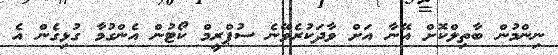
ނިންމުން ބާތިލްކޮށް އޭނާ އަށް ވާދަކުރެވޭނެ ސުޕްރީމް ކޯޓުން އެންގުމާ ގުޅިގެން އެ